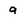
Character: 9